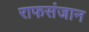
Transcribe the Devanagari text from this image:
राफसंजान